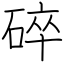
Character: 碎